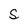
Character: S